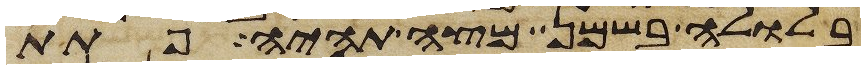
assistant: בלולה בשמן מצה תהיה פתת